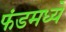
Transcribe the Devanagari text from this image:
फंडमध्ये